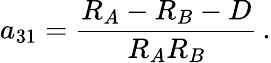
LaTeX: a_{31}={\frac{R_{A}-R_{B}-D}{R_{A}R_{B}}}\, .